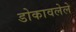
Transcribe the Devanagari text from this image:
डोकावलेले